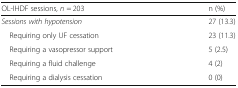
<table><thead><tr><td><b>OL-IHDF sessions, <i>n</i> = 203</b></td><td><b>n (%)</b></td></tr></thead><tbody><tr><td><i>Sessions with hypotension</i></td><td>27 (13.3)</td></tr><tr><td> Requiring only UF cessation</td><td>23 (11.3)</td></tr><tr><td> Requiring a vasopressor support</td><td>5 (2.5)</td></tr><tr><td> Requiring a fluid challenge</td><td>4 (2)</td></tr><tr><td> Requiring a dialysis cessation</td><td>0 (0)</td></tr></tbody></table>